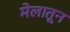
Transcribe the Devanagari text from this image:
मेलातून